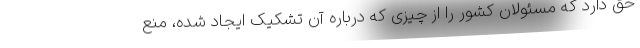
حق دارد که مسئولان کشور را از چیزی که درباره آن تشکیک ایجاد شده، منع